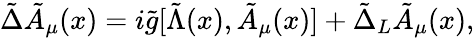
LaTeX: {\tilde{\Delta}}{\tilde{A}}_{\mu}(x)=i{\tilde{g}}[{\tilde{\Lambda}}(x),{\tilde{A}}_{\mu}(x)]+{\tilde{\Delta}}_{L}{\tilde{A}}_{\mu}(x),